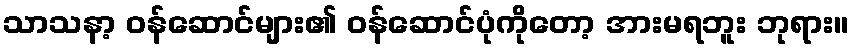
သာသနာ့ ဝန်ဆောင်များ၏ ဝန်ဆောင်ပုံကိုတော့ အားမရဘူး ဘုရား။